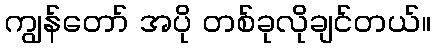
ကျွန်တော် အပို တစ်ခုလိုချင်တယ်။